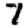
Digit: 7